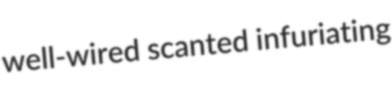
well-wired scanted infuriating